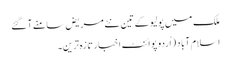
ملک میں پولیو کے تین نئے مریض سامنے آ گئے
اسلام آباد (اُردو پوائنٹ اخبار تازہ ترین۔